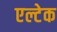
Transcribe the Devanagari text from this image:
एल्टेक